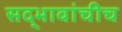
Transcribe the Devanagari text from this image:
सद्‍भावांचीच